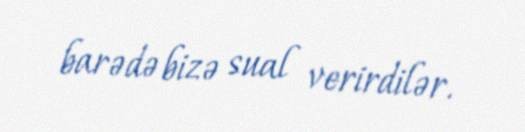
barədə bizə sual verirdilər.